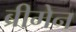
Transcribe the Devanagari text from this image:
ब्रीमेन